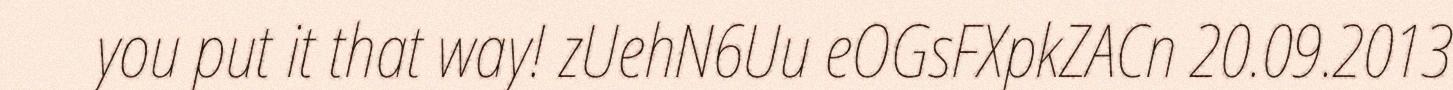
you put it that way! zUehN6Uu eOGsFXpkZACn 20.09.2013